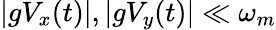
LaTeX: |gV_{x}(t)|,|gV_{y}(t)|\ll\omega_{m}